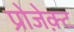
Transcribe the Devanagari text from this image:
प्रोजेक़्ट